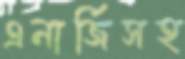
এনার্জিসহ